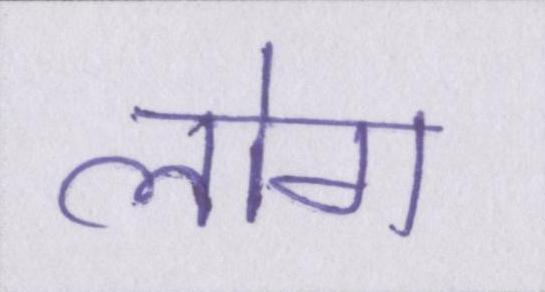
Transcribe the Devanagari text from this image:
लोग